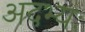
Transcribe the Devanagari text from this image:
अदभ्यः